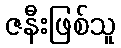
ဇနီးဖြစ်သူ